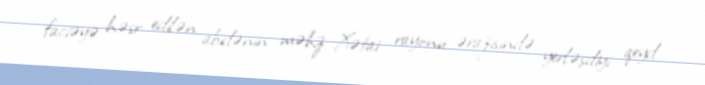
faciəyə həsr edilən abidənin məhz Xətai rayonu ərazisində yerləşdiyi qeyd